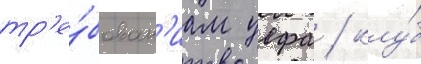
тр'е́бован'иам уефа / клу́б